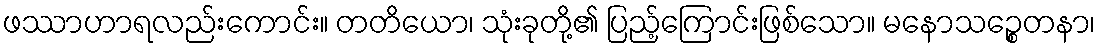
ဖဿာဟာရလည်းကောင်း။ တတိယော၊ သုံးခုတို့၏ ပြည့်ကြောင်းဖြစ်သော။ မနောသဉ္စေတနာ၊